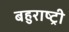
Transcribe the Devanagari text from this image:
बहुराष्ट्री